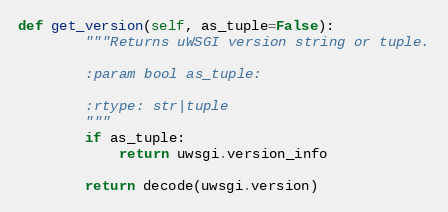
Language: Python
def get_version(self, as_tuple=False):
        """Returns uWSGI version string or tuple.

        :param bool as_tuple:

        :rtype: str|tuple
        """
        if as_tuple:
            return uwsgi.version_info

        return decode(uwsgi.version)